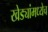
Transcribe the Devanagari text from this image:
खेड्यांमध्येच